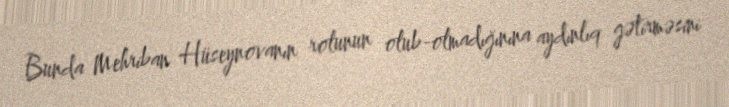
Bunda Mehriban Hüseynovanın rolunun olub-olmadığınına aydınlıq gətirməsini